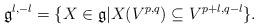
LaTeX: \begin{align*}\mathfrak{g}^{l,-l}=\{X\in\mathfrak{g}|X(V^{p,q})\subseteq V^{p+l,q-l}\}.\end{align*}